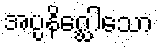
အပ္ပနိဂ္ဃေါသော